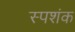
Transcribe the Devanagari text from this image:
स्पशंक